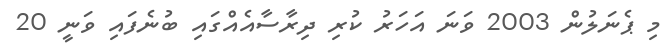
މި ޕެނަލުން 2003 ވަނަ އަހަރު ކުރި ދިރާސާއެއްގައި ބުނެފައި ވަނީ 20